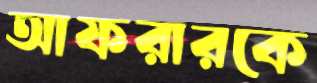
আফরারকে